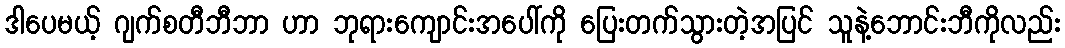
ဒါပေမယ့် ဂျက်စတီဘီဘာ ဟာ ဘုရားကျောင်းအပေါ်ကို ပြေးတက်သွားတဲ့အပြင် သူနဲ့ဘောင်းဘီကိုလည်း